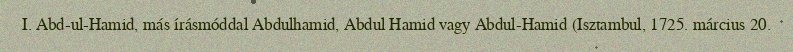
I. Abd-ul-Hamid, más írásmóddal Abdulhamid, Abdul Hamid vagy Abdul-Hamid (Isztambul, 1725. március 20.